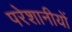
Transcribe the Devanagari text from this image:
परेशानीयों